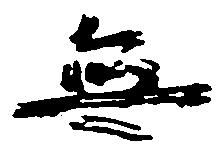
無